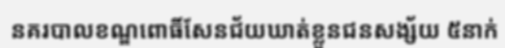
នគរបាលខណ្ឌពោធិ៍សែនជ័យឃាត់ខ្លួនជនសង្ស័យ ៥នាក់